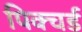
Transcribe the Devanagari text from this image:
पिक्चर्ड